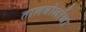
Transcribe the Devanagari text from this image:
तालबोलांचा